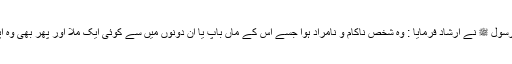
ایک حدیث میں اللہ کے رسول ﷺ نے ارشاد فرمایا : وہ شخص ناکام و نامراد ہوا جسے اس کے ماں باپ یا ان دونوں میں سے کوئی ایک ملا اور پھر بھی وہ اپنی مغفرت نہ کروا سکا۔